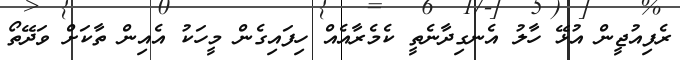
ރެފިއުޖީން އުޅޭ ހާލު އެނގިދާނެތީ ކެމެރާއެއް ހިފައިގެން މީހަކު އެއިން ތާކަށް ވަދޭތޯ